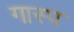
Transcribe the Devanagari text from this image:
गास्प